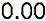
0.00